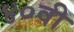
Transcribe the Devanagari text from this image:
४०वी